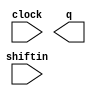
// megafunction wizard: %LPM_SHIFTREG%VBB%
// GENERATION: STANDARD
// VERSION: WM1.0
// MODULE: LPM_SHIFTREG 

// ============================================================
// Megafunction Name(s):
// 			LPM_SHIFTREG
//
// Simulation Library Files(s):
// 			lpm
// ============================================================
// ************************************************************
// THIS IS A WIZARD-GENERATED FILE. DO NOT EDIT THIS FILE!
//
// 11.0 Build 157 04/27/2011 SJ Full Version
// ************************************************************

//Copyright (C) 1991-2011 Altera Corporation
//Your use of Altera Corporation's design tools, logic functions 
//and other software and tools, and its AMPP partner logic 
//functions, and any output files from any of the foregoing 
//(including device programming or simulation files), and any 
//associated documentation or information are expressly subject 
//to the terms and conditions of the Altera Program License 
//Subscription Agreement, Altera MegaCore Function License 
//Agreement, or other applicable license agreement, including, 
//without limitation, that your use is for the sole purpose of 
//programming logic devices manufactured by Altera and sold by 
//Altera or its authorized distributors.  Please refer to the 
//applicable agreement for further details.

module lpm_shiftreg0 (
	clock,
	shiftin,
	q);

	input	  clock;
	input	  shiftin;
	output	[13:0]  q;

endmodule

// ============================================================
// CNX file retrieval info
// ============================================================
// Retrieval info: PRIVATE: ACLR NUMERIC "0"
// Retrieval info: PRIVATE: ALOAD NUMERIC "0"
// Retrieval info: PRIVATE: ASET NUMERIC "0"
// Retrieval info: PRIVATE: ASET_ALL1 NUMERIC "1"
// Retrieval info: PRIVATE: CLK_EN NUMERIC "0"
// Retrieval info: PRIVATE: INTENDED_DEVICE_FAMILY STRING "Cyclone IV E"
// Retrieval info: PRIVATE: LeftShift NUMERIC "1"
// Retrieval info: PRIVATE: ParallelDataInput NUMERIC "0"
// Retrieval info: PRIVATE: Q_OUT NUMERIC "1"
// Retrieval info: PRIVATE: SCLR NUMERIC "0"
// Retrieval info: PRIVATE: SLOAD NUMERIC "0"
// Retrieval info: PRIVATE: SSET NUMERIC "0"
// Retrieval info: PRIVATE: SSET_ALL1 NUMERIC "1"
// Retrieval info: PRIVATE: SYNTH_WRAPPER_GEN_POSTFIX STRING "0"
// Retrieval info: PRIVATE: SerialShiftInput NUMERIC "1"
// Retrieval info: PRIVATE: SerialShiftOutput NUMERIC "0"
// Retrieval info: PRIVATE: nBit NUMERIC "14"
// Retrieval info: PRIVATE: new_diagram STRING "1"
// Retrieval info: LIBRARY: lpm lpm.lpm_components.all
// Retrieval info: CONSTANT: LPM_DIRECTION STRING "LEFT"
// Retrieval info: CONSTANT: LPM_TYPE STRING "LPM_SHIFTREG"
// Retrieval info: CONSTANT: LPM_WIDTH NUMERIC "14"
// Retrieval info: USED_PORT: clock 0 0 0 0 INPUT NODEFVAL "clock"
// Retrieval info: USED_PORT: q 0 0 14 0 OUTPUT NODEFVAL "q[13..0]"
// Retrieval info: USED_PORT: shiftin 0 0 0 0 INPUT NODEFVAL "shiftin"
// Retrieval info: CONNECT: @clock 0 0 0 0 clock 0 0 0 0
// Retrieval info: CONNECT: @shiftin 0 0 0 0 shiftin 0 0 0 0
// Retrieval info: CONNECT: q 0 0 14 0 @q 0 0 14 0
// Retrieval info: GEN_FILE: TYPE_NORMAL lpm_shiftreg0.v TRUE
// Retrieval info: GEN_FILE: TYPE_NORMAL lpm_shiftreg0.inc FALSE
// Retrieval info: GEN_FILE: TYPE_NORMAL lpm_shiftreg0.cmp FALSE
// Retrieval info: GEN_FILE: TYPE_NORMAL lpm_shiftreg0.bsf TRUE FALSE
// Retrieval info: GEN_FILE: TYPE_NORMAL lpm_shiftreg0_inst.v FALSE
// Retrieval info: GEN_FILE: TYPE_NORMAL lpm_shiftreg0_bb.v TRUE
// Retrieval info: LIB_FILE: lpm